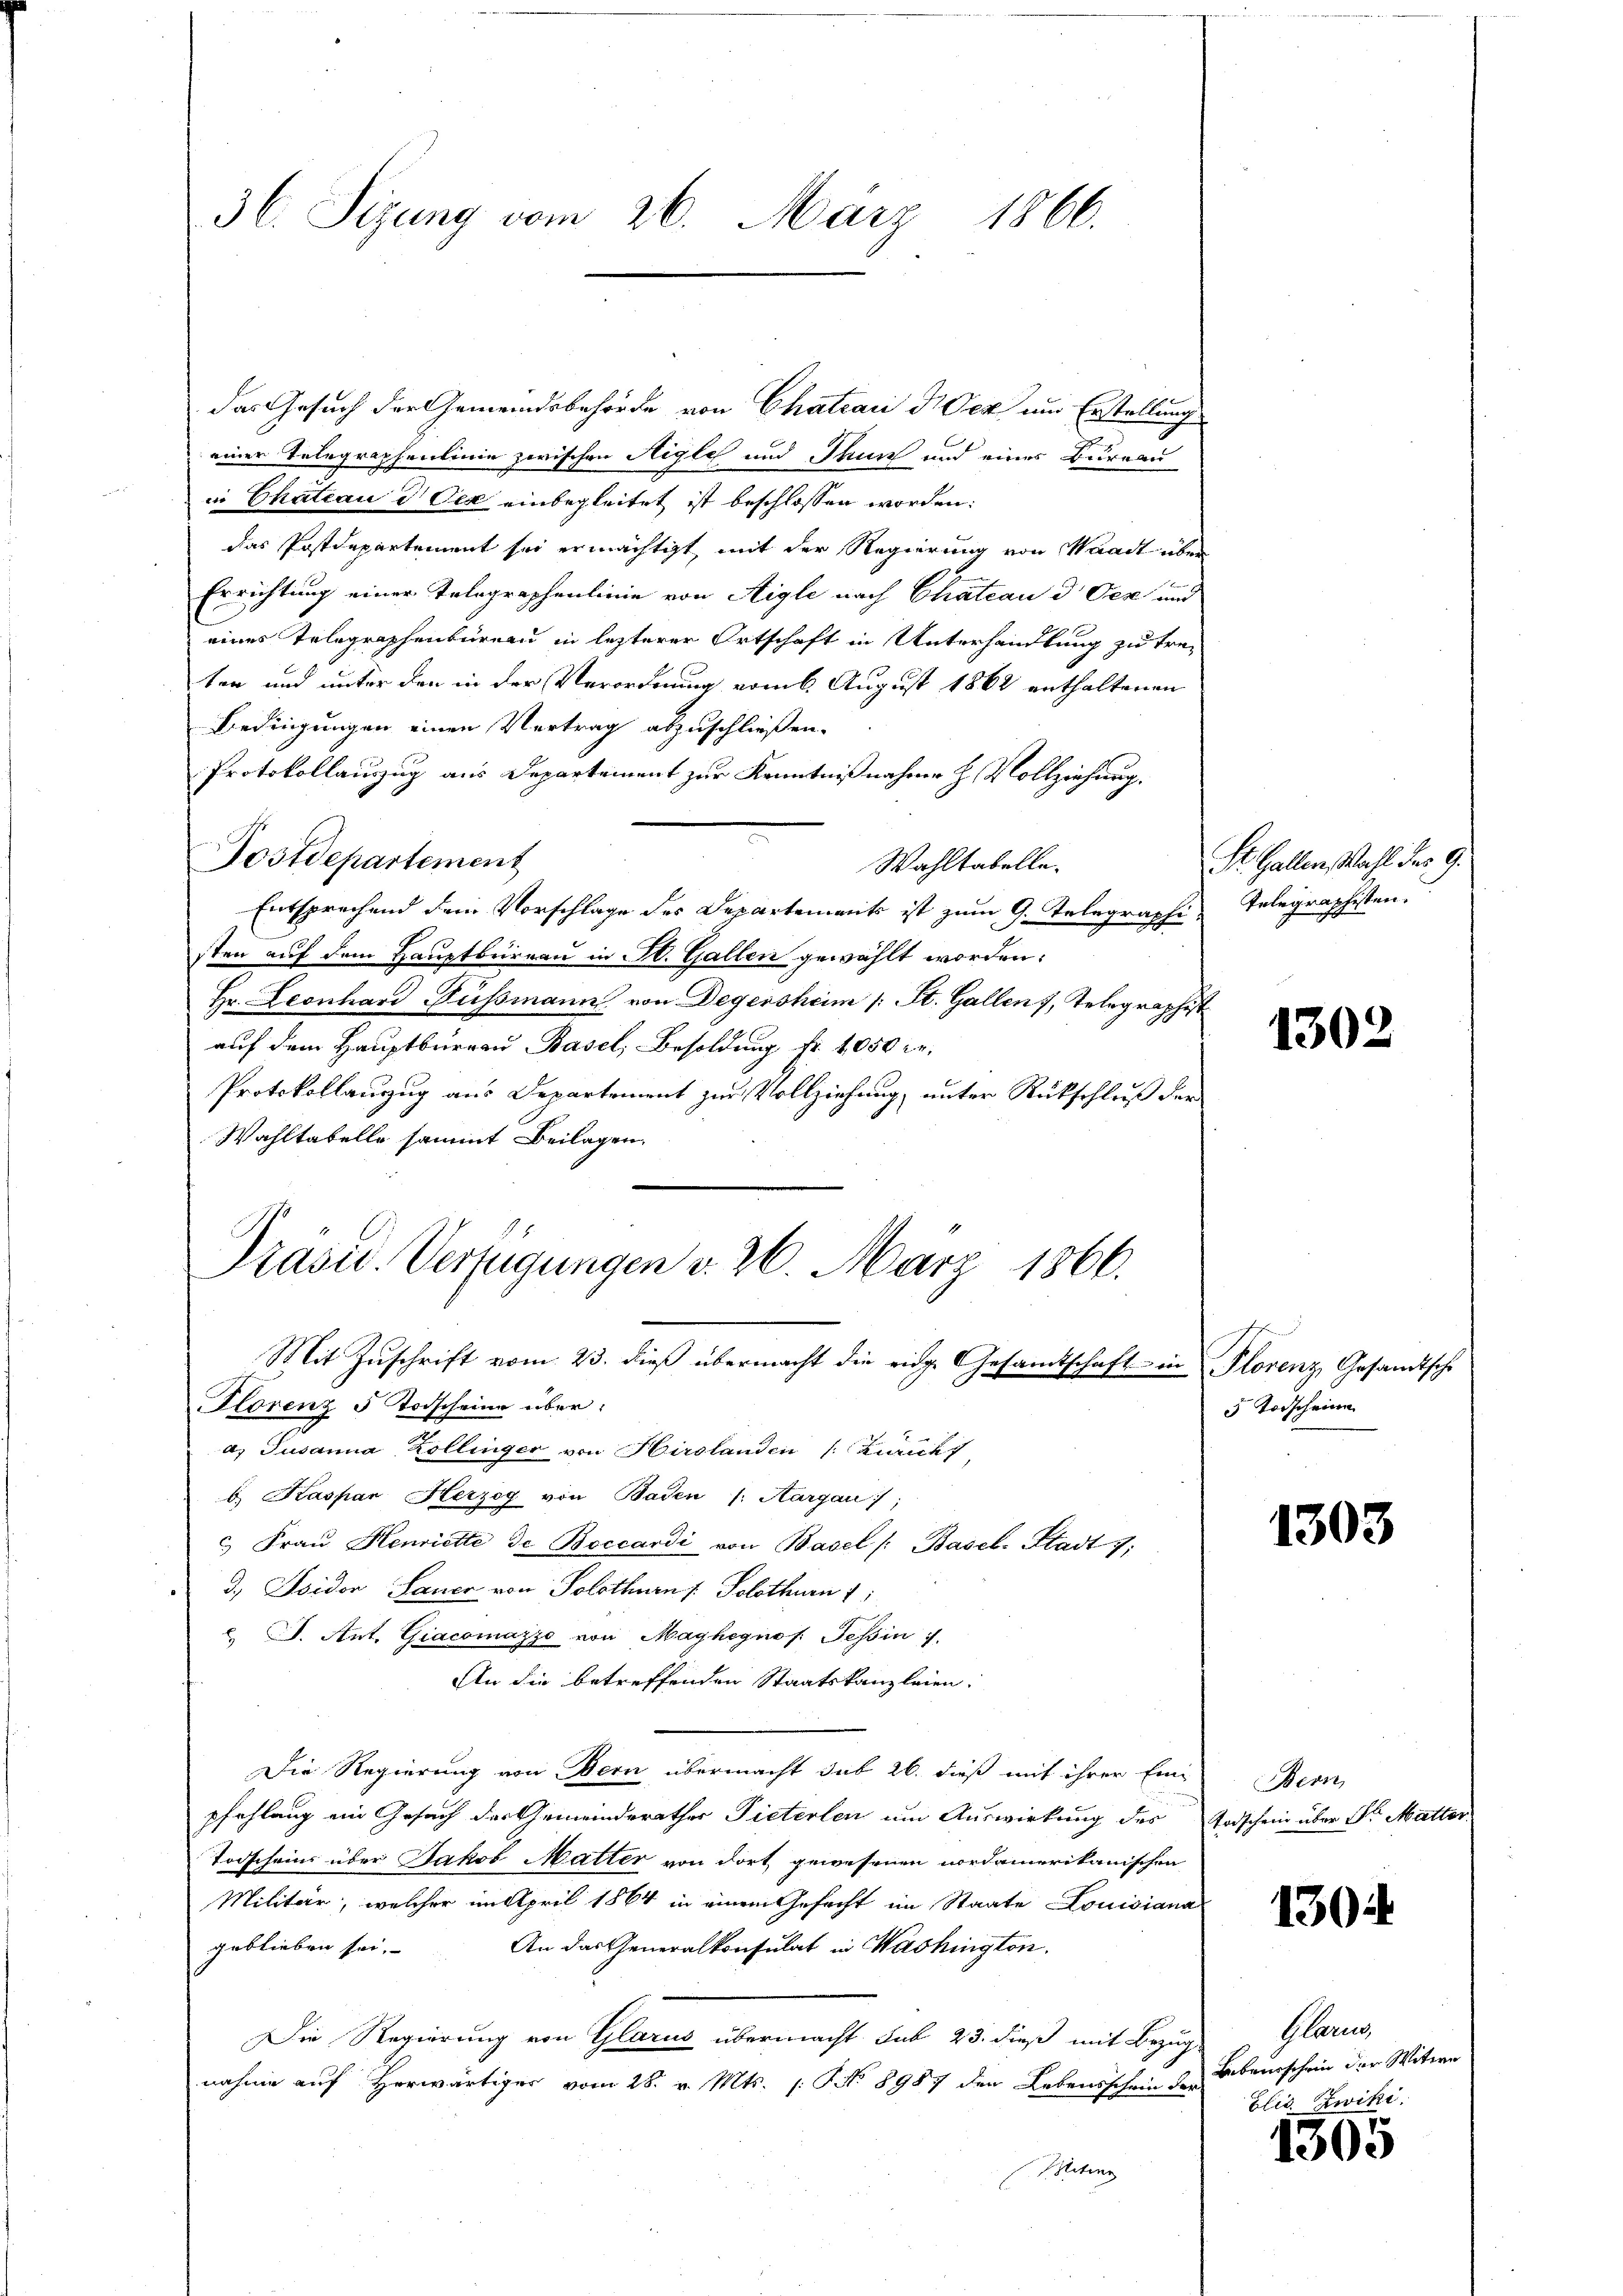
36. Sizung vom 26. März 1866.

das Gesuch der Gemeindsbehörde von Chateau d. Der um Erstellung
einer Telegraphenlinie zwischen Aigle und Thun und eines Bureau
in Chateau in Oer einbegleitet ist beschlossen worden:
das Postdepartement sei ermächtigt mit der Regierung von Waadt über
Errichtung einer Tolographenlinie von Aigle nach Chateau d. Der und
eines Telegraphenbüreau in lezterer Ortschaft in Unterhandlung zu treten und unter den in der Verordnung vom 6. August 1862 enthaltenen
Bedingungen einen Vertrag abzuschließen.
Protokollauszug aus Departement zur Kenntnißnahme H. Vollziehung,
Postdepartement
Wahltabelle.
Entsprechend dem Vorschlage des Departement ist zum G. Telegraphi Telegraphisten.
sten auf dem Hauptbüreau in St. Gallen gewählt worden:
Hr. Leonhard Fussmann von Degersheim (: St. Gallen, Telegraphist
auf dem Hauptburgau Basel, Besoldung fr. 1050 Fr.
Protokollanzug aus Departement zur Vollziehung, unter Rückschluß der
Wahltabelle sammt Beilagen.
Präsid. Verfügungen v. 26. März 1866.
Mit Zŭschrift vom 23. dieβ übermacht die eidg. Gesamtschaft in Plorenz Gesandtsche
Florenz 5 Todscheine über:
a. Susanna Zollinger von Hirslanden (Züricht
b. Kaspar Herzog von Baden /: Aargau;
 Frau Henriette de Boccardi von Basel /: Basel. Stadt 7;
3., Isidor Sauer von Solothurn / Solothurn 1
. J. Ant. Giacomazzo von Mayhegnof. Tessin 7.
An die betreffenden Staatskanzleien.
Die Regierung von Bern übermacht sub 26. dieß mit ihrer Einpfehlung ein Gesuch der Gemeinderathes Pieterlen um Auswirkung des Todschein über Ster Mutter
Todscheins über Jakob Matter von dort gewesenen nordamerikanischen
Militär, welcher im April 1864 in einem Gefecht im Staate Louisiana
An das Generalkonsulat in Washington.
geblieben sei,
Die Regierung von Glarus übermacht sub 23. dieß mit Bezug Glarus,
nahme auf Herwärtiger vom 28. v. Mts. /: No 8987 den Lebensschein den Lebenschein der Witern
Mitin

St. Gallen, Wahl des 9.

1302

5 Torscheine

1303

Bern,

1304

Elis. Zwike.

1305